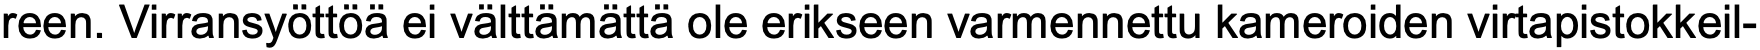
reen. Virransyöttöä ei välttämättä ole erikseen varmennettu kameroiden virtapistokkeil-